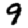
Digit: 9